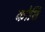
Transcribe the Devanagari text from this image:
कोशि